Epidemic dropsy in Calcutta - Number 45
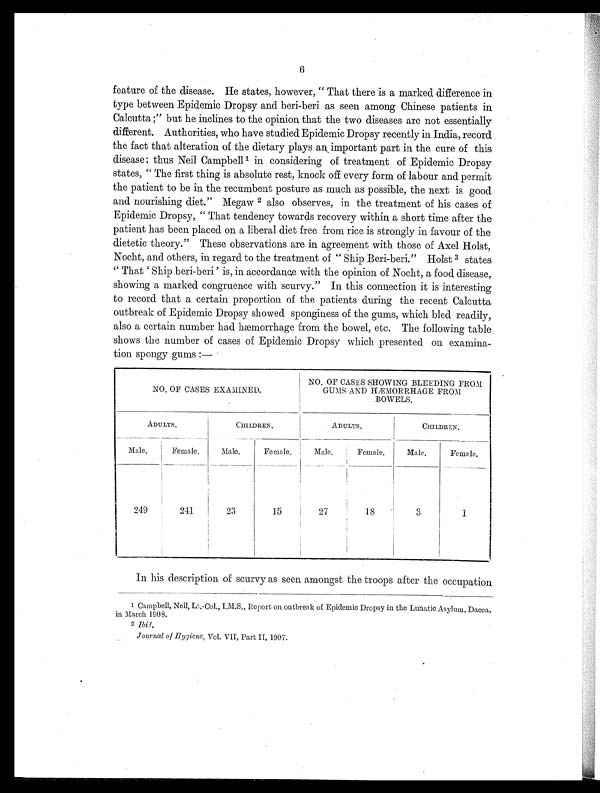
6
feature of the disease. He states, however, " That there is a marked difference in
type between Epidemic Dropsy and beri-beri as seen among Chinese patients in
Calcutta ;" but he inclines to the opinion that the two diseases are not essentially
different. Authorities, who have studied Epidemic Dropsy recently in India, record
the fact that alteration of the dietary plays an important part in the cure of this
disease ; thus Neil Campbell 1 in considering of treatment of Epidemic Dropsy
states, " The first thing is absolute rest, knock off every form of labour and permit
the patient to be in the recumbent posture as much as possible, the next is good
and nourishing diet." Megaw 2 also observes, in the treatment of his cases of
Epidemic Dropsy, " That tendency towards recovery within a short time after the
patient has been placed on a liberal diet free from rice is strongly in favour of the
dietetic theory." These observations are in agreement with those of Axel Holst,
Nocht, and others, in regard to the treatment of " Ship Beri-beri." Holst 3 states
" That ' Ship beri-beri ' is, in accordance with the opinion of Nocht, a food disease,
showing a marked congruence with scurvy." In this connection it is interesting
to record that a certain proportion of the patients during the recent Calcutta
outbreak of Epidemic Dropsy showed sponginess of the gums, which bled readily,
also a certain number had hæmorrhage from the bowel, etc. The following table
shows the number of cases of Epidemic Dropsy which presented on examina-
tion spongy gums :—
NO. OF CASES EXAMINED.
NO. OF CASES SHOWING BLEEDING FROM
GUMS AND HÆMORRHAGE FROM
BOWELS.
ADULTS.
CHILDREN.
ADULTS.
CHILDREN.
Male.
Female.
Male.
Female.
Male.
Female.
Male.
Female.
249
241
23
15
27
18
3
1
In his description of scurvy as seen amongst the troops after the occupation
1 Campbell, Neil, Lt.-Col., I.M.S., Report on outbreak of Epidemic Dropsy in the Lunatic Asylum, Dacca,.
in March 1908.
2 Ibid.
Journal of Hygiene, Vol. VII, Part II, 1907.